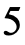
5